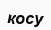
косу